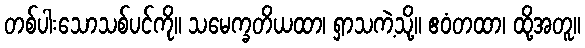
တစ်ပါးသောသစ်ပင်ကို။ သမေက္ခတိယထာ၊ ရှာသကဲ့သို့။ ဧဝံတထာ၊ ထို့အတူ။